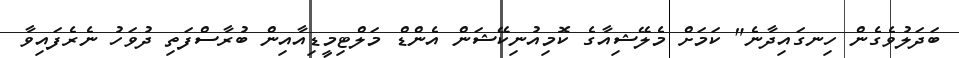
ބަދަލުވެގެން ހިނގައިދާނެ" ކަމަށް މެލޭޝިއާގެ ކޮމިއުނިކޭޝަން އެންޑް މަލްޓިމީޑިއާއިން ބުރާސްފަތި ދުވަހު ނެރެފައިވާ